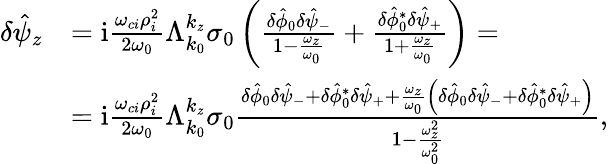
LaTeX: \begin{array}{rl}{\delta\hat{\psi}_{z}}&{=\mathrm{i}\frac{\omega_{ci}\rho_{i}^{2}}{2\omega_{0}}\Lambda_{k_{0}}^{k_{z}}\sigma_{0}\left(\frac{\delta\hat{\phi}_{0}\delta\hat{\psi}_{-}}{1-\frac{\omega_{z}}{\omega_{0}}}+\frac{\delta\hat{\phi}_{0}^{*}\delta\hat{\psi}_{+}}{1+\frac{\omega_{z}}{\omega_{0}}}\right)=}\\ &{=\mathrm{i}\frac{\omega_{ci}\rho_{i}^{2}}{2\omega_{0}}\Lambda_{k_{0}}^{k_{z}}\sigma_{0}\frac{\delta\hat{\phi}_{0}\delta\hat{\psi}_{-}+\delta\hat{\phi}_{0}^{*}\delta\hat{\psi}_{+}+\frac{\omega_{z}}{\omega_{0}}\left(\delta\hat{\phi}_{0}\delta\hat{\psi}_{-}+\delta\hat{\phi}_{0}^{*}\delta\hat{\psi}_{+}\right)}{1-\frac{\omega_{z}^{2}}{\omega_{0}^{2}}},}\end{array}